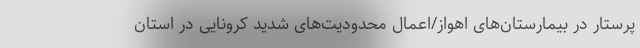
پرستار در بیمارستان‌های اهواز/اعمال محدودیت‌های شدید کرونایی در استان